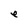
Character: e